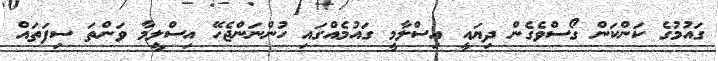
ގައުމުގެ ކަންކަން ގޯސްވެގެން ދިޔައީ އިސްލާމީ ގައުމެއްގައި ހުންނަންޖެހޭ އިސްލީމާ ވަންތަ ސިފަތައް